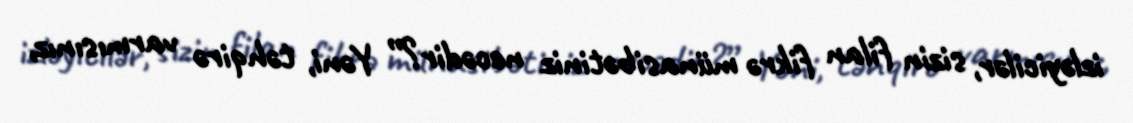
izləyicilər, sizin filan fikrə münasibətiniz necədir?” Yəni, təhqirə varmısınız,